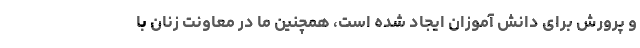
و پرورش برای دانش آموزان ایجاد شده است، همچنین ما در معاونت زنان با